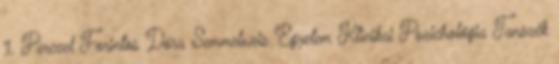
1. Perczel Forintos Dóra Semmelweis Egyetem Klinikai Pszichológia Tanszék